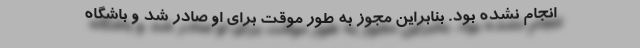
انجام نشده بود. بنابراین مجوز به طور موقت برای او صادر شد و باشگاه